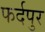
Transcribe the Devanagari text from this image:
फर्दपुर